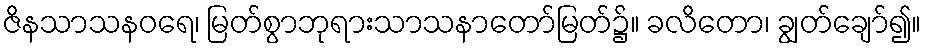
ဇိနသာသနဝရေ၊ မြတ်စွာဘုရားသာသနာတော်မြတ်၌။ ခလိတော၊ ချွတ်ချော်၍။